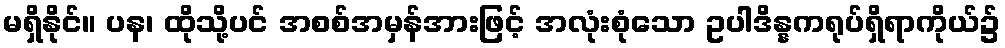
မရှိနိုင်။ ပန၊ ထိုသို့ပင် အစစ်အမှန်အားဖြင့် အလုံးစုံသော ဥပါဒိန္နကရုပ်ရှိရာကိုယ်၌